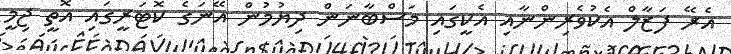
އެރޭ ފަޒާލް އެކުވެރިންނާއި އެކީގައި މަސްބާނަން ދިޔުމުން އޭނަގެ ކޮޓަރީގައި އޮތީ ޖިމީ